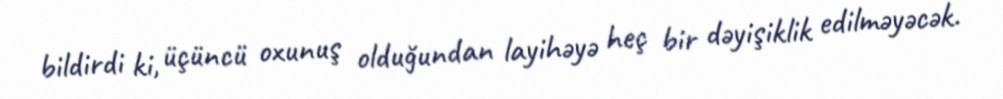
bildirdi ki, üçüncü oxunuş olduğundan layihəyə heç bir dəyişiklik edilməyəcək.